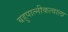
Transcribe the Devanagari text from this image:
बहुपात्नीकत्वाला